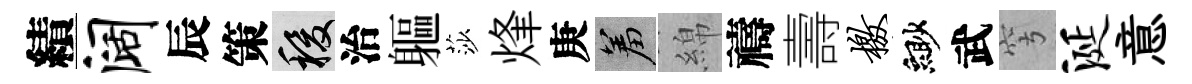
績阔辰策稷治軀莎烽庚羞綿禱壽檄緲武穹涎意